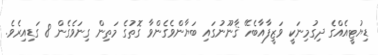
ޑިޔުޓީއެއްގެ ދިގުމިނަކީ ވަޒީފާއާބެހޭ ޤާނޫނުގައި ބަޔާންވެގެންވާ ގޮތުގެ މަތިން ގިނަވެގެން 8 ގަޑިއިރެވެ.